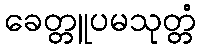
ခေတ္တူပမသုတ္တံ